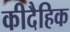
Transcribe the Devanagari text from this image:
कीदैहिक